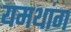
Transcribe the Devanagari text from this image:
यमथांग